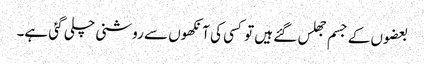
بعضوں کے جسم جھلس گئے ہیں تو کسی کی آنکھوں سے روشنی چلی گئی ہے۔